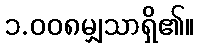
၁.၀၀၈မျှသာရှိ၏။